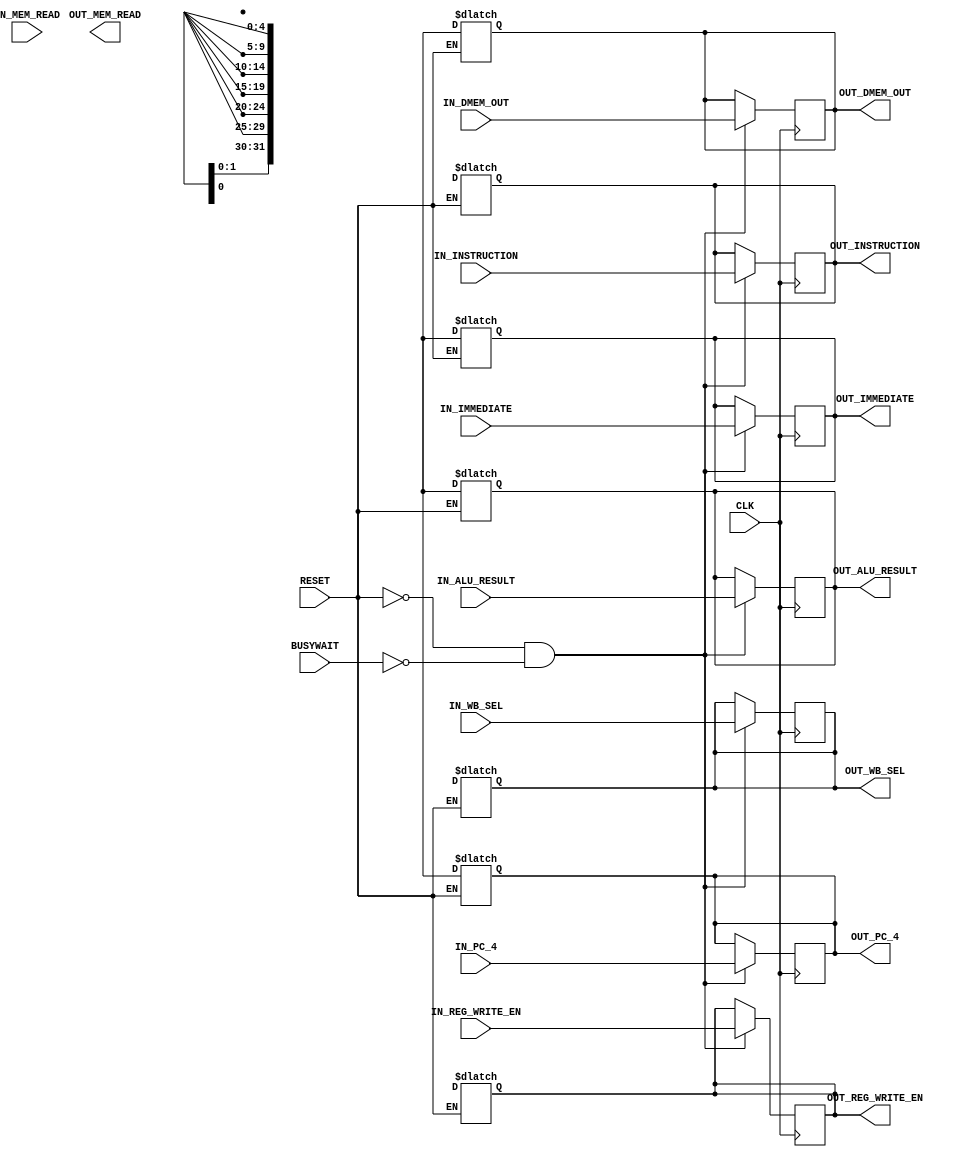
 /*______________________________________________________________________________
  |                                                                              |
  |  File Name         -mem_wbpipeline_reg.v                                    |
  |  Created By        -Group1(E17)                                              |
  |  Project/ Course   -CO502                                                    |
  |  Institute         -University of peradeniya                                 |
  |  Date              -05.04.2023                                               |
  |  Discription       -Pipeline Register                                        |
  |______________________________________________________________________________|
  
*/

module mem_wb_pipeline_reg(
    CLK, 
    RESET,
    BUSYWAIT,
    IN_INSTRUCTION, // INSTRUCTION [11:7]
    IN_PC_4,
    IN_ALU_RESULT, 
    IN_IMMEDIATE,
    IN_DMEM_OUT,
    IN_WB_SEL,
    IN_REG_WRITE_EN,
    IN_MEM_READ,
    OUT_INSTRUCTION,
    OUT_PC_4,
    OUT_ALU_RESULT,
    OUT_IMMEDIATE, 
    OUT_DMEM_OUT,
    OUT_WB_SEL,
    OUT_REG_WRITE_EN,
    OUT_MEM_READ
    );

    //declare the ports
    input [4:0] IN_INSTRUCTION;
    input [1:0] IN_WB_SEL;
    
    input [31:0] IN_PC_4,
            IN_ALU_RESULT,
            IN_IMMEDIATE,
            IN_DMEM_OUT,IN_MEM_READ;   
                
    input IN_REG_WRITE_EN,
        CLK, 
        RESET, 
        BUSYWAIT;

    output reg [4:0] OUT_INSTRUCTION;
    output reg [1:0] OUT_WB_SEL;

    output reg [31:0] OUT_PC_4,
                    OUT_ALU_RESULT,
                    OUT_IMMEDIATE,
                    OUT_DMEM_OUT,OUT_MEM_READ; 

    output reg OUT_REG_WRITE_EN;

    //RESETTING output registers
    always @ (*) begin
        if (RESET) begin
            #1;
            OUT_INSTRUCTION = 5'dx;
            OUT_PC_4 = 32'dx;
            OUT_ALU_RESULT = 32'dx;
            OUT_IMMEDIATE =  32'dx;
            OUT_DMEM_OUT = 32'dx;
            OUT_WB_SEL = 2'dx;
            OUT_REG_WRITE_EN = 1'bx;
        end
    end

    //Writing the input values to the output registers, 
    //when the RESET is low and when the CLOCK is at a positive edge and BUSYWAIT is low 
    always @(posedge CLK)
    begin
        #0
        if (!RESET & !BUSYWAIT) begin
            OUT_INSTRUCTION <= #1 IN_INSTRUCTION;
            OUT_PC_4 <= #1 IN_PC_4;
            OUT_ALU_RESULT <= #1 IN_ALU_RESULT;
            OUT_IMMEDIATE <= #1  IN_IMMEDIATE;
            OUT_DMEM_OUT <= #1 IN_DMEM_OUT;
            OUT_WB_SEL <= #1 IN_WB_SEL;
            OUT_REG_WRITE_EN <= #1 IN_REG_WRITE_EN;
        end
    end

endmodule